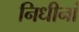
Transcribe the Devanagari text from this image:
निधीनां